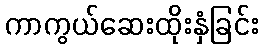
ကာကွယ်ဆေးထိုးနှံခြင်း